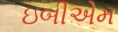
ઇબીએમ